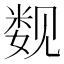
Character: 𰴚